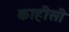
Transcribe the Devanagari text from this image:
काहीसी